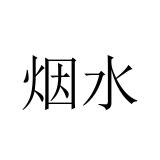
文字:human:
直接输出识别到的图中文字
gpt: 烟水